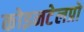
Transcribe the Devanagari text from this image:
कोइनटेलप्रो